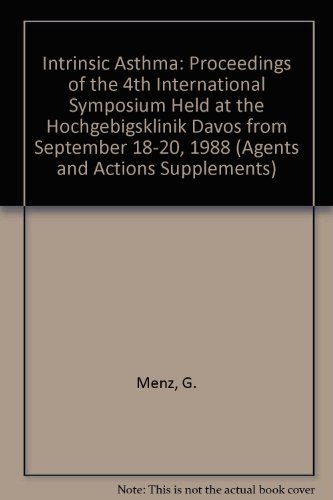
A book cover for Intrinsic Asthma (Agents and Actions Supplements); M. Schmitz-Schumann; Health, Fitness & Dieting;